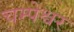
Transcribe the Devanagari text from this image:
चम्पेश्वर